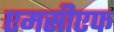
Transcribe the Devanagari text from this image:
एमसीएफ